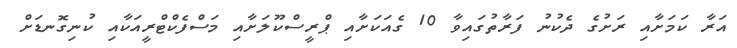
އަރާ ކަމަށާއި ރަށުގެ ދެކުނު ފަރާތުގައިވާ 10 ގެއަކަށާއި ޕްރީސްކޫލަށާއި މަސްފެކްޓްރީއަކާއި ކުނިގޮނޑަށް